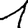
Digit: 1